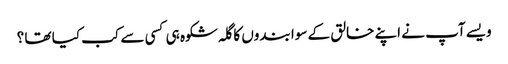
ویسے آپ نے اپنے خالق کے سوا بندوں کا گلہ شکوہ ہی کسی سے کب کیا تھا ؟